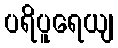
ပရိပူရေယျ